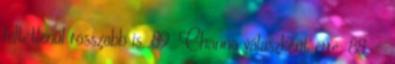
feltétlenül rosszabb is. 89. Channa válaszként erre: 88. -